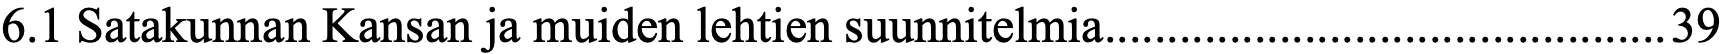
6.1 Satakunnan Kansan ja muiden lehtien suunnitelmia.............................................39